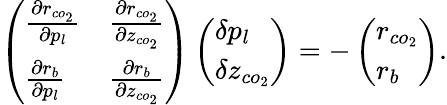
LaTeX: \left(\begin{array}{ll}{\frac{\partial r_{co_{2}}}{\partial p_{l}}}&{\frac{\partial r_{co_{2}}}{\partial z_{co_{2}}}}\\ {\frac{\partial r_{b}}{\partial p_{l}}}&{\frac{\partial r_{b}}{\partial z_{co_{2}}}}\end{array}\right)\left(\begin{array}{l}{\delta p_{l}}\\ {\delta z_{co_{2}}}\end{array}\right)=-\left(\begin{array}{l}{r_{co_{2}}}\\ {r_{b}}\end{array}\right).